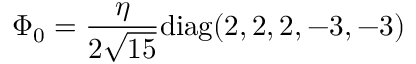
\Phi _ { 0 } = { \frac { \eta } { 2 \sqrt { 1 5 } } } \mathrm { d i a g } ( 2 , 2 , 2 , - 3 , - 3 )